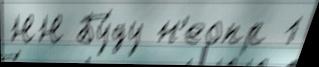
НН Бу́ду н'еопр 1